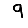
Digit: 9